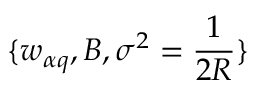
\{ w _ { \alpha q } , B , \sigma ^ { 2 } = \frac { 1 } { 2 R } \}